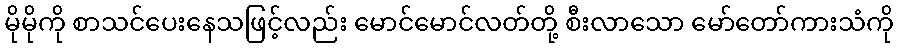
မိုမိုကို စာသင်ပေးနေသဖြင့်လည်း မောင်မောင်လတ်တို့ စီးလာသော မော်တော်ကားသံကို